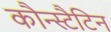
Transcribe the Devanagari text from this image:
कौन्स्टैटिन